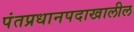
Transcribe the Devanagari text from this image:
पंतप्रधानपदाखालील